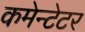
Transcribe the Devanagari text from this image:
कमेन्टेटर